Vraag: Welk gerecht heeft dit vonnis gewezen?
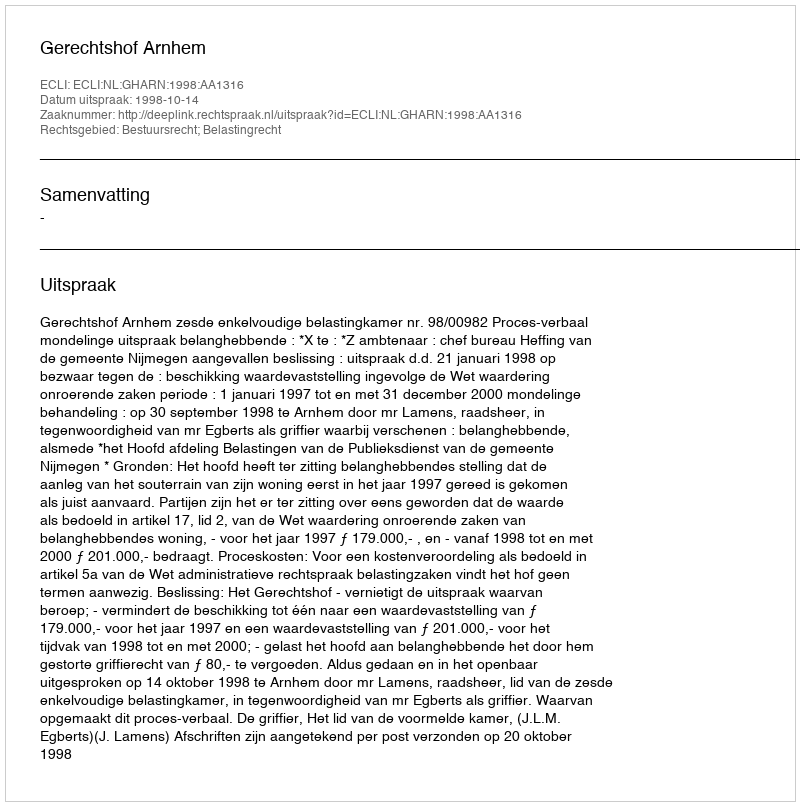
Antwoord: Gerechtshof Arnhem